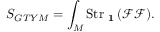
\displaystyle { S _ { G T Y M } = \int _ { M } \mathrm { S t r } _ { \mathrm { \bf ~ 1 } } \left( \mathcal { F } \mathcal { F } \right) } .